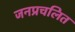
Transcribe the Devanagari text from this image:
जनप्रचलित